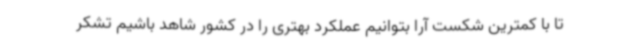
تا با کمترین شکست آرا بتوانیم عملکرد بهتری را در کشور شاهد باشیم تشکر